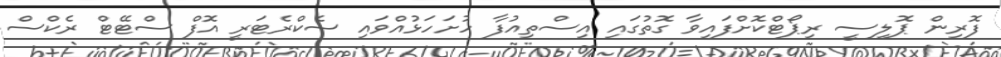
ފޮރިން ޕޮލިސީ ރިޕޯޓްކޮށްފައިވާ ގޮތުގައި އިސްތިއުފާ ހުށަހަޅުއްވައި ސެކްރެޓަރީ އޮފް ސްޓޭޓް ރެކްސް